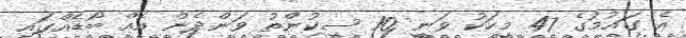
އެ ގައުމުގެ 47 މީހަކު ވަނީ 10 ސިކުންތު ވަންދެން އެއް ބޯޑެއްގައި